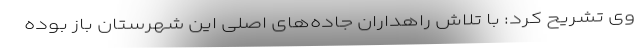
وی تشریح کرد: با تلاش راهداران جاده‌های اصلی این شهرستان باز بوده